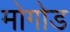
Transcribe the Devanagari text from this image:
मोगोड